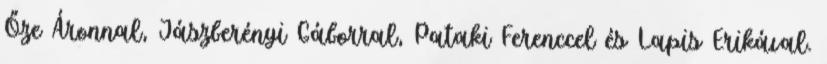
Őze Áronnal, Jászberényi Gáborral, Pataki Ferenccel és Lapis Erikával.